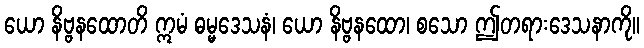
ယော နိဗ္ဗနထောတိ ဣမံ ဓမ္မဒေသနံ၊ ယော နိဗ္ဗနထော၊ စသော ဤတရားဒေသနာကို။